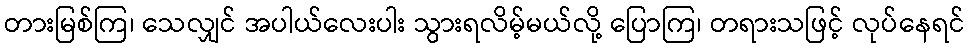
တားမြစ်ကြ၊ သေလျှင် အပါယ်လေးပါး သွားရလိမ့်မယ်လို့ ပြောကြ၊ တရားသဖြင့် လုပ်နေရင်